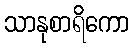
သာနုစာရိကော